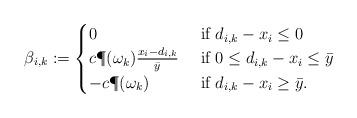
LaTeX: \begin{align*}\beta_{i,k} := \begin{cases}0 & \mbox{ if }d_{i,k}-x_i\leq 0 \\ c\P(\omega_k)\frac{x_i-d_{i,k}}{\bar{y}} & \mbox{ if } 0\leq d_{i,k}-x_i\leq \bar{y} \\-c\P(\omega_k) & \mbox{ if }d_{i,k}-x_i \geq \bar{y}.\end{cases} \end{align*}